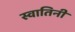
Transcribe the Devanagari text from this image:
स्वातिनी